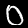
Digit: 0